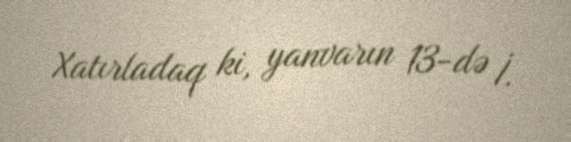
Xatırladaq ki, yanvarın 13-də İ.